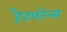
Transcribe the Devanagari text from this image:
हैडफोन्स